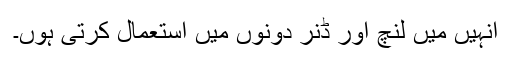
انہیں میں لنچ اور ڈنر دونوں میں استعمال کرتی ہوں۔